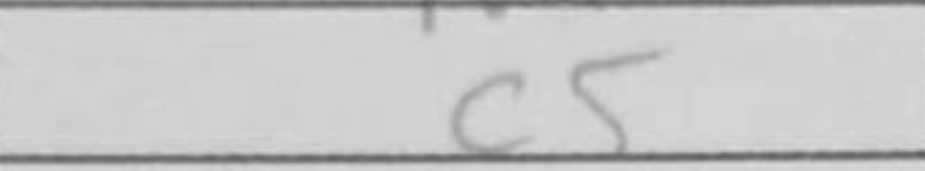
Transcription: c5